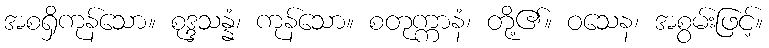
အစရှိကုန်သော။ စုဒ္ဒသန္နံ၊ ကုန်သော။ စတုက္ကာနံ၊ တို့၏။ ဝသေန၊ အစွမ်းဖြင့်။